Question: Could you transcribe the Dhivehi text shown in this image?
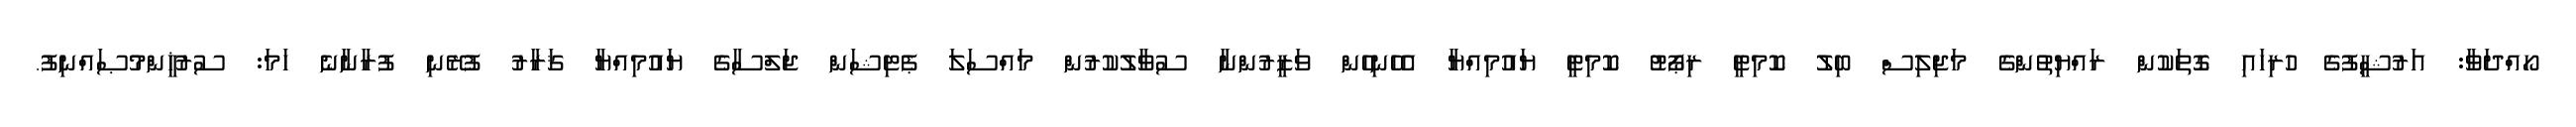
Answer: ހޯއްދަވާ: އަރުޝީފުގެ ހުރިހައި ގޮތަކުން ރައްޔިތުންގެ މަޖިލިސް ބިލު ކޮމިޓީ ރިޕޯޓު ކޮމިޓީ ޔައުމިއްޔާ އެހެނިހެން ވަޒީރުންނާ ސުވާލުކުރުން މައްސަލަ ޕެޓިޝަން ޖަލްސާގެ ޔައުމިއްޔާ ޤަރާރު ފުރޭނި ފުރާނާނެ ހަމަ: ސުރުޚީންމުޞައްނިފު.